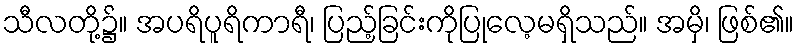
သီလတို့၌။ အပရိပူရိကာရီ၊ ပြည့်ခြင်းကိုပြုလေ့မရှိသည်။ အမှိ၊ ဖြစ်၏။